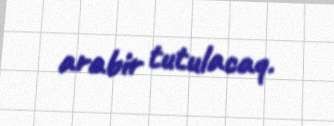
arabir tutulacaq.